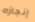
إنجازه